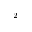
^ 2